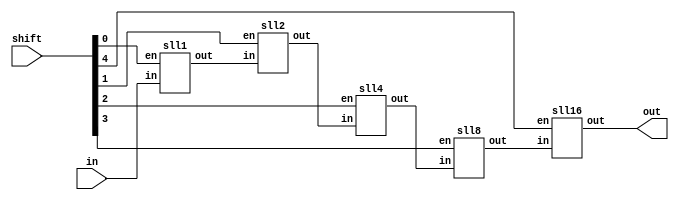
module sll(in, shift, out);
	
	input [31:0] in; 
	input [4:0] shift;
	output [31:0] out;
	
	wire [31:0] mid [3:0];
	
	sll1 s1(in,  mid[0], shift[0]);
	sll2 s2(mid[0], mid[1], shift[1]);
	sll4 s4(mid[1], mid[2], shift[2]);
	sll8 s8(mid[2], mid[3], shift[3]);
	sll16 s16(mid[3], out, shift[4]);
	
endmodule


module sll1(in, out, en);

	input en;
	input[31:0] in;
	output[31:0] out;
	wire[31:0] shifted;
	
	assign shifted[31:1] = in[30:0];
	assign shifted[0] = 1'b0;
	
	generate
		genvar i;
		for(i=0; i<32; i=i+1) begin: loop1
			assign out[i] = en? shifted[i] : in[i];
		end
	endgenerate

endmodule


module sll2(in, out, en);

	input en;
	input[31:0] in;
	output[31:0] out;
	wire[31:0] shifted;
	
	assign shifted[31:2] = in[29:0];
	assign shifted[1:0] = 2'b0;
	
	generate
		genvar i;
		for(i=0; i<32; i=i+1) begin: loop1
			assign out[i] = en? shifted[i] : in[i];
		end
	endgenerate

endmodule


module sll4(in, out, en);

	input en;
	input[31:0] in;
	output[31:0] out;
	wire[31:0] shifted;
	
	assign shifted[31:4] = in[27:0];
	assign shifted[3:0] = 4'b0;
	
	generate
		genvar i;
		for(i=0; i<32; i=i+1) begin: loop1
			assign out[i] = en? shifted[i] : in[i];
		end
	endgenerate

endmodule


module sll8(in, out, en);

	input en;
	input[31:0] in;
	output[31:0] out;
	wire[31:0] shifted;
	
	assign shifted[31:8] = in[23:0];
	assign shifted[7:0] = 8'b0;
	
	generate
		genvar i;
		for(i=0; i<32; i=i+1) begin: loop1
			assign out[i] = en? shifted[i] : in[i];
		end
	endgenerate

endmodule


module sll16(in, out, en);

	input en;
	input[31:0] in;
	output[31:0] out;
	wire[31:0] shifted;
	
	assign shifted[31:16] = in[15:0];
	assign shifted[15:0] = 16'b0;
	
	generate
		genvar i;
		for(i=0; i<32; i=i+1) begin: loop1
			assign out[i] = en? shifted[i] : in[i];
		end
	endgenerate

endmodule